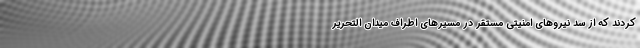
کردند که از سد نیروهای امنیتی مستقر در مسیرهای اطراف میدان التحریر